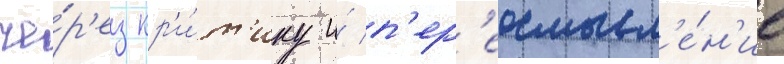
че́р'ез кр'и́т'ику и́ п'ер'еосмысл'е́н'ие